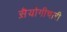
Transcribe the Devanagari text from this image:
स़ैयोगीचारी